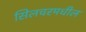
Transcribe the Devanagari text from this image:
सिलचरमधील